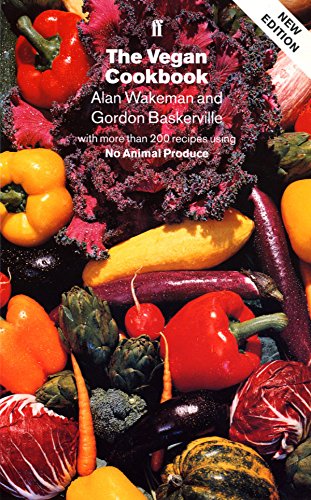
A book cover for The Vegan Cookbook: Over 200 Recipes All Completely Free from Animal Produce; Alan Wakeman; Health, Fitness & Dieting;